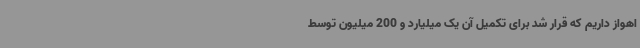
اهواز داریم که قرار شد برای تکمیل آن یک میلیارد و 200 میلیون توسط